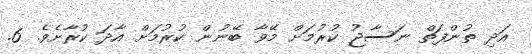
އަދި ތުންފަތް ނަސާޖު ކުރުމަށް މޭވާ ބޭނުން ކުރުމަށް އާދަ ކުރާށެވެ. 6.